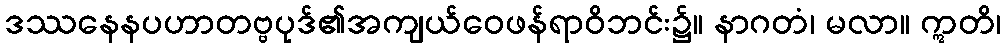
ဒဿနေနပဟာတဗ္ဗပုဒ်၏အကျယ်ဝေဖန်ရာဝိဘင်း၌။ နာဂတံ၊ မလာ။ ဣတိ၊